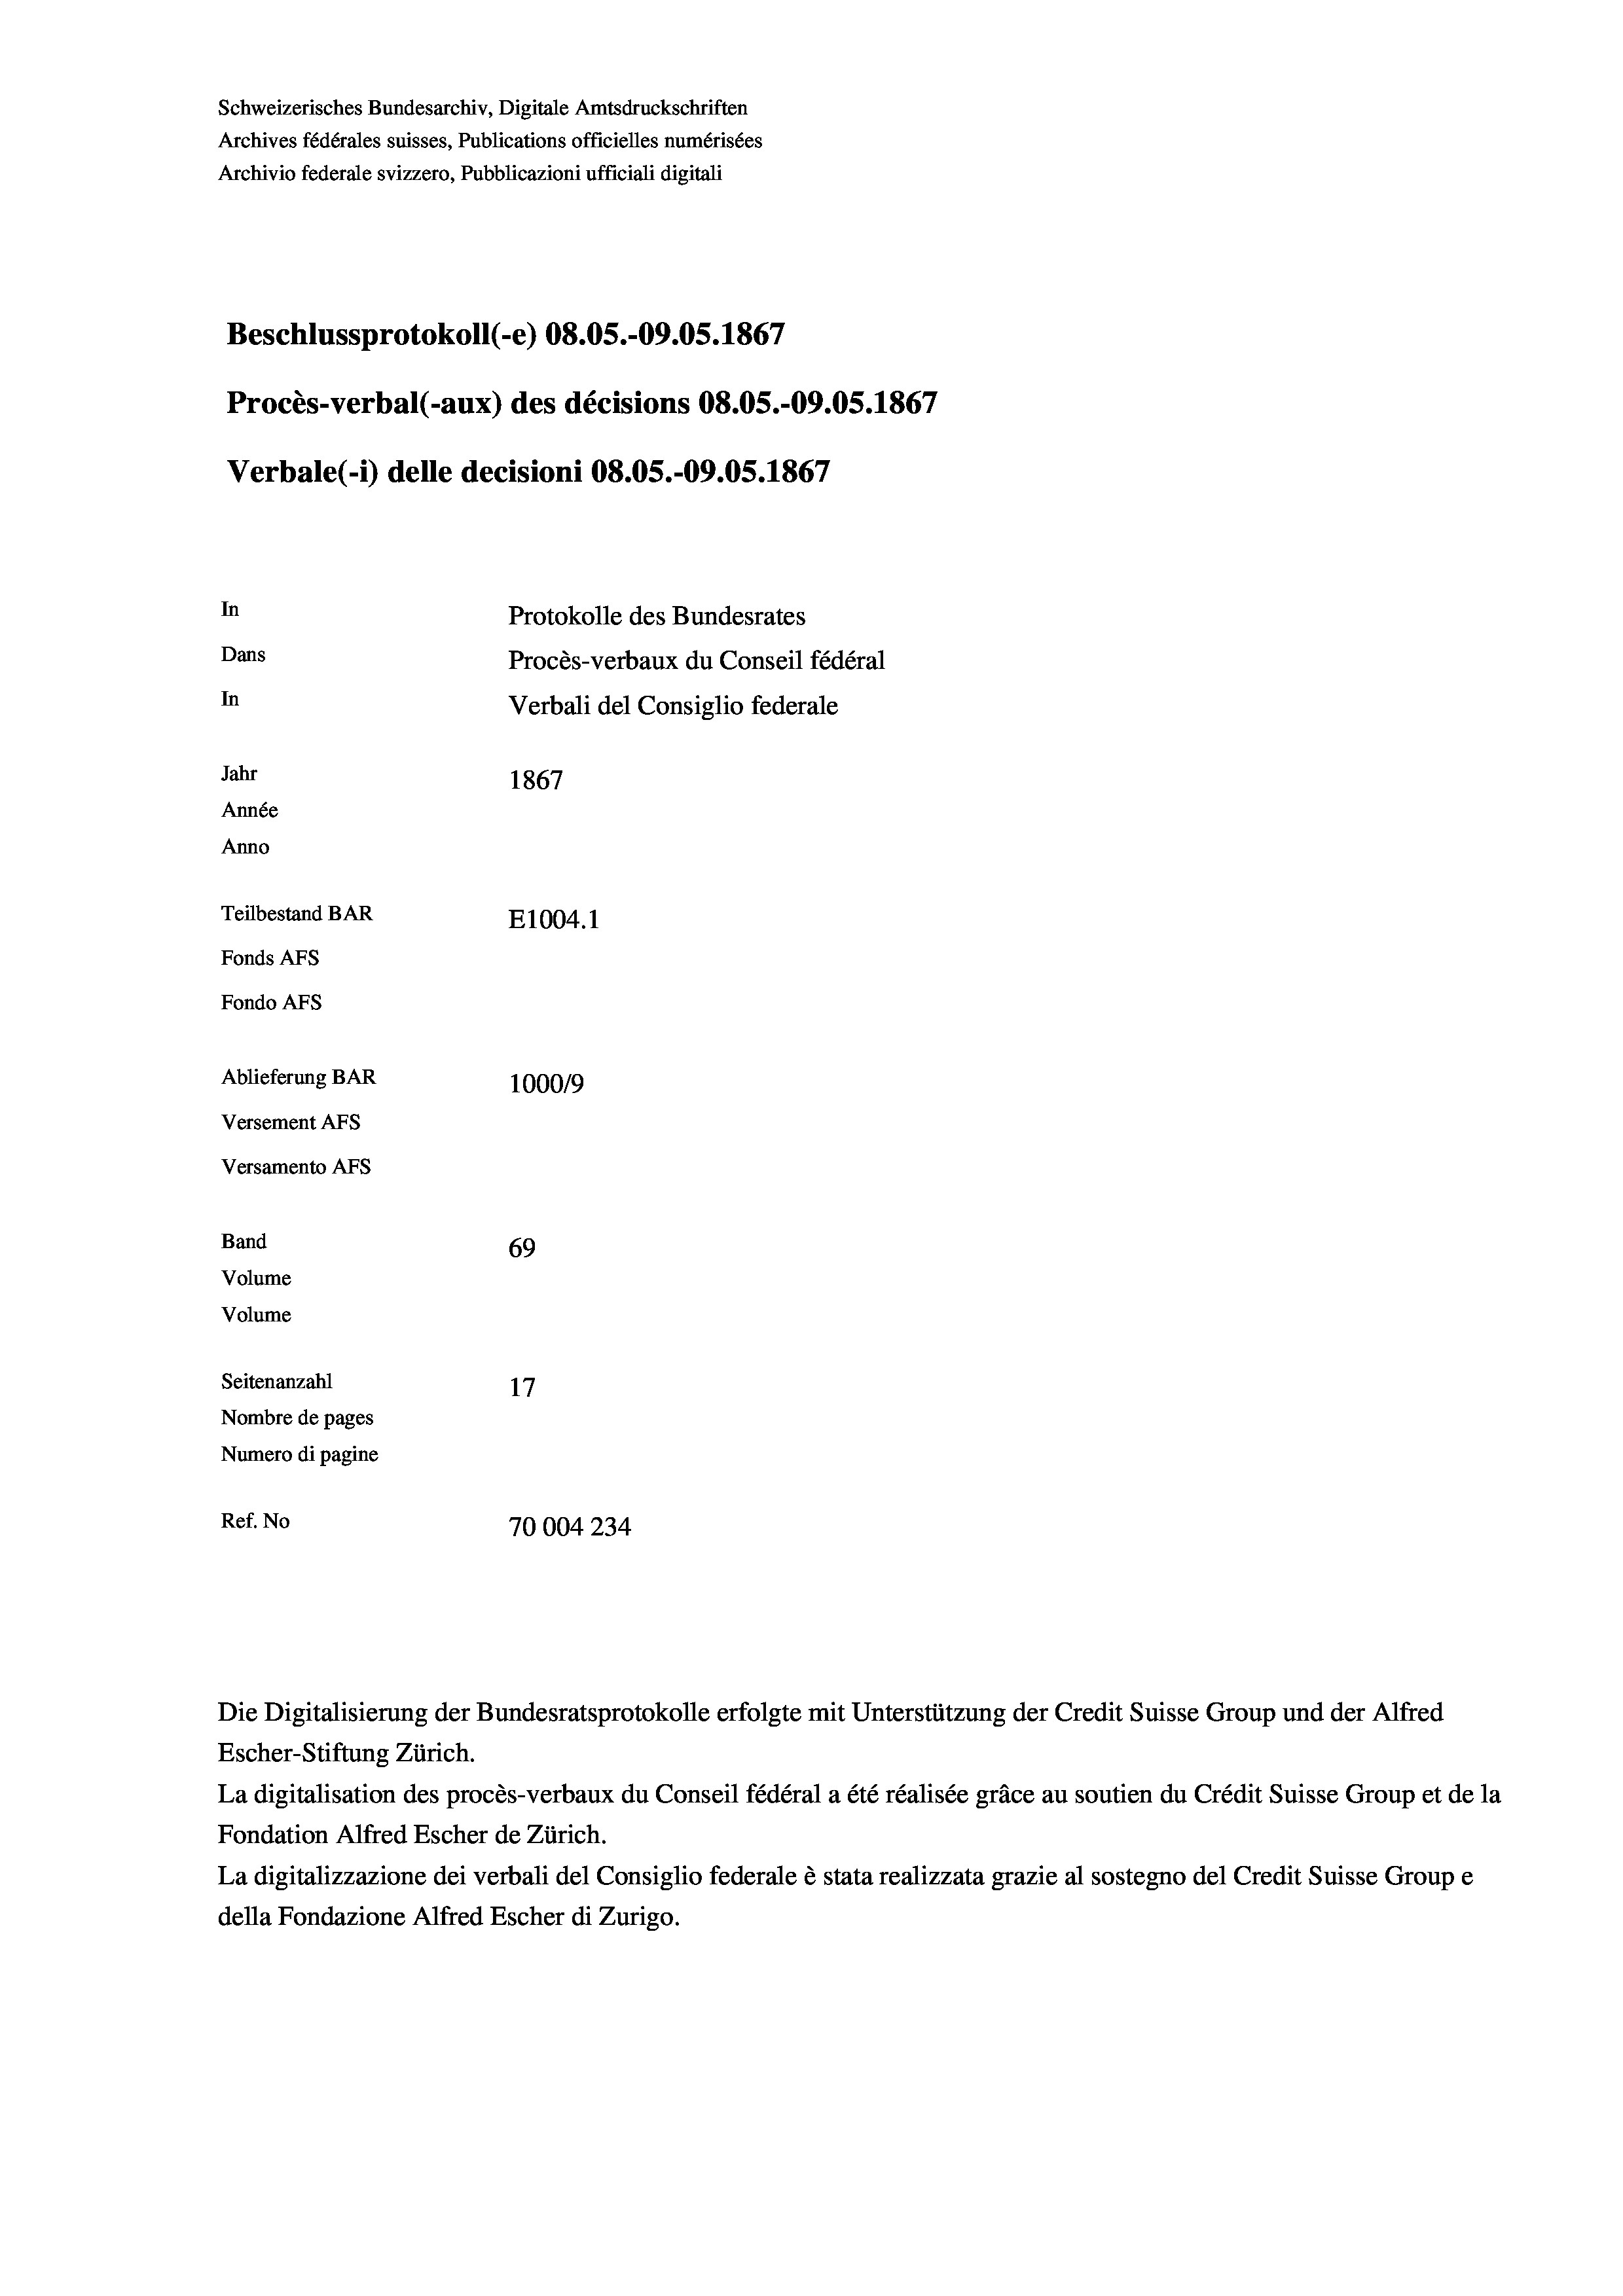
Schweizerisches Bundesarchiv, Digitale Amtsdruckschriften
Archives fédérales suisses, Publications officielles numérisées
Archivio federale svizzero, Pubblicazioni ufficiali digitali
Beschlussprotokoll (-e) 08.05.-09.05. 1867
Procès-verbal (-aux) des décisions 08.05.-09.05. 1867
Verbale (i) delle decisioni 08.05.-09.05. 1867
In
Protokolle des Bundesrates
Dans
Procès-verbaux du Conseil fédéral
In
Verbali del Consiglio federale
Jahr
1867
Année
Anno
Teilbestand BAR
E1004. 1
Fonds AFs
Fondo Afs
Ablieferung BAR
100019
Versement AFs
Versamento Afs
Band
69
Volume
Volume
Seitenanzahl
17
Nombre de pages
Numero di pagine
Ref. No
70004 234

Escher-Stiftung Zürich.
La digitalisation des procès-verbaux du Conseil fédéral a été réalisée gräce au soutien du Crédit Suisse Group et de la
Fondation Alfred Escher de Zürich.
La digitalizzazione dei verbali del Consiglio federale è stata realizzata grazie al sostegno del Credit Suisse Groupe
della Fondazione Alfred Escher di Zurigo.

Die Digitalisierung der Bundesratsprotokolle erfolgte mit Unterstützung der Credit Suisse Group und der Alfred